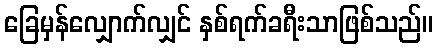
ခြေမှန်လျှောက်လျှင် နှစ်ရက်ခရီးသာဖြစ်သည်။